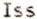
ISS